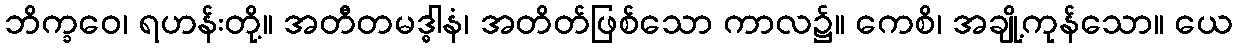
ဘိက္ခဝေ၊ ရဟန်းတို့။ အတီတမဒ္ဓါနံ၊ အတိတ်ဖြစ်သော ကာလ၌။ ကေစိ၊ အချို့ကုန်သော။ ယေ